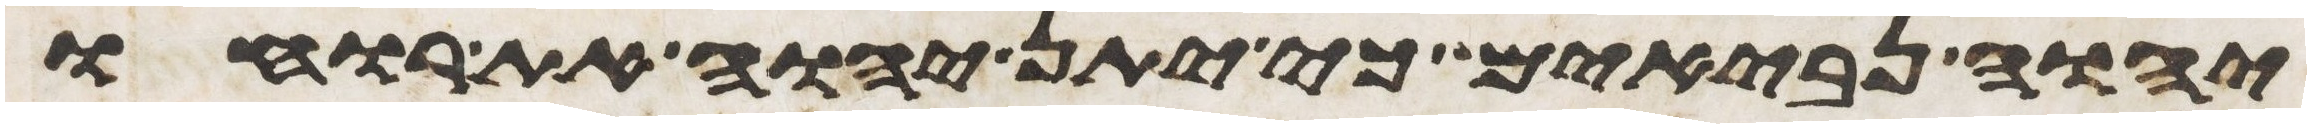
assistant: יהוה נביאים כי יתן יהוה את רוחו